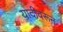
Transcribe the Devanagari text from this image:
यादीवरून